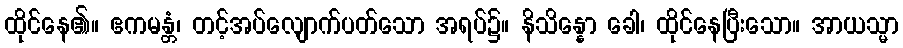
ထိုင်နေ၏။ ဧကမန္တံ၊ တင့်အပ်လျောက်ပတ်သော အရပ်၌။ နိသိန္နော ခေါ၊ ထိုင်နေပြီးသော။ အာယသ္မာ